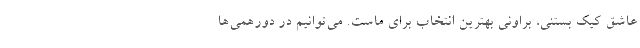
عاشق کیک بستنی، براونی بهترین انتخاب برای ماست. می‌توانیم در دورهمی‌ها